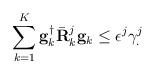
LaTeX: \begin{align*}\sum_{k=1}^{K}\mathbf{g}_k^{\dagger}\bar{\mathbf{R}}_k^j\mathbf{g}_k\leq\epsilon^j\gamma^j_.\end{align*}